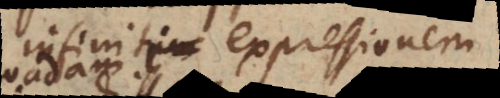
infiniti expressionem